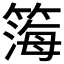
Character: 𬕧